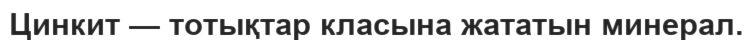
Цинкит — тотықтар класына жататын минерал.